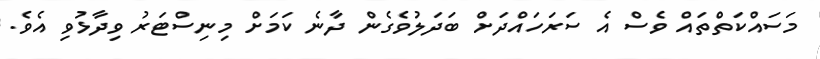
މަސައްކަތްތައް ވެސް އެ ސަރަހައްދަށް ބަދަލުވެގެން ދާނެ ކަމަށް މިނިސްޓަރު ވިދާޅުވި އެވެ.